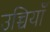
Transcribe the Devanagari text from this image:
उच्चियाँ